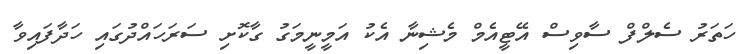
ހަތަރު ސެލްފް ސާވިސް އޭޓީއެމް މެޝިނާ އެކު އަމީނީމަގު ގާކޮށި ސަރަހައްދުގައި ހަދާފައިވާ